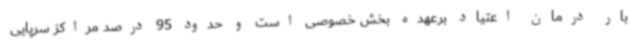
بار درمان اعتیاد برعهده بخش خصوصی است و حدود 95 درصد مراکز سرپایی